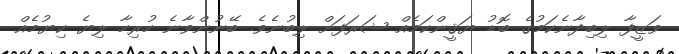
ވަޒީފާ ލިބިދާނެކަމުގެ ބޮޑު ޔަޤީންކަމެއް ޝަރަފަށް ލިބުނެވެ. ބޭނުންވާނެ ހުރިހާ ލިޔެ ކިޔުމެއް